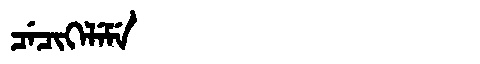
Manchu: ᠴᡝᠴᡳᡴᡝᠯᡝᠮᡝ
Romanization: CECIKELEME